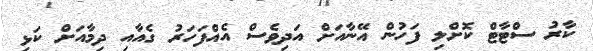
ކާރު ސްޓާޓް ކޮށްލި ފަހުން އޭނާއަށް އަދިވެސް އެއްފަހަރު ގެއާއި ދިމާއަށް ކަޅި